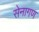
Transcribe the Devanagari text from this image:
सेनागण